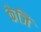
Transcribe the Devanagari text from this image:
केजि